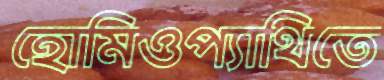
হোমিওপ্যাথিতে